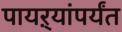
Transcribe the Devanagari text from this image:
पायऱ्यांपर्यंत